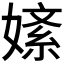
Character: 𫱚